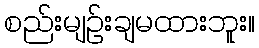
စည်းမျဉ်းချမထားဘူး။